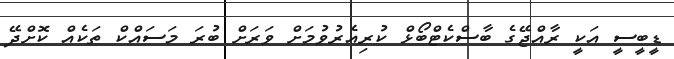
ޑީބީސީ އަކީ ރާއްޖޭގެ ބާސްކެޓްބޯޅް ކުރިއެރުވުމަށް ވަރަށް ބުރަ މަސައްކް ތަކެއް ކޮށްދޭ